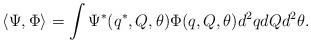
LaTeX: \begin{align*}\langle \Psi, \Phi \rangle = \int \Psi^*(q^*, Q, \theta) \Phi(q, Q,\theta) d^2 q dQ d^2 \theta. \end{align*}